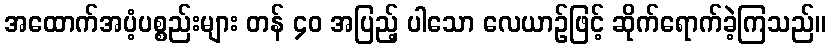
အထောက်အပံ့ပစ္စည်းများ တန် ၄၀ အပြည့် ပါသော လေယာဉ်ဖြင့် ဆိုက်ရောက်ခဲ့ကြသည်။